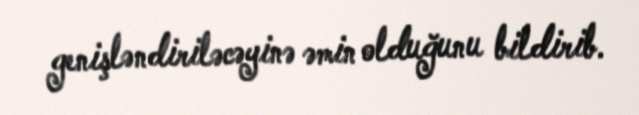
genişləndiriləcəyinə əmin olduğunu bildirib.